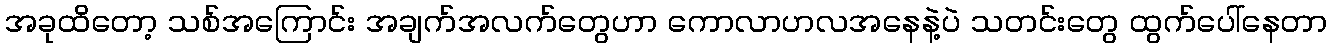
အခုထိတော့ သစ်အကြောင်း အချက်အလက်တွေဟာ ကောလာဟလအနေနဲ့ပဲ သတင်းတွေ ထွက်ပေါ်နေတာ